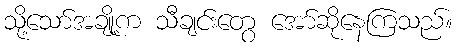
သို့သော်အချို့က သီချင်းတွေ အော်ဆိုနေကြသည်။